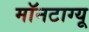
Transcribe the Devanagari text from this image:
मॉनटाग्यू